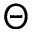
\Theta